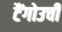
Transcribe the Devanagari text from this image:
टैंगोउची